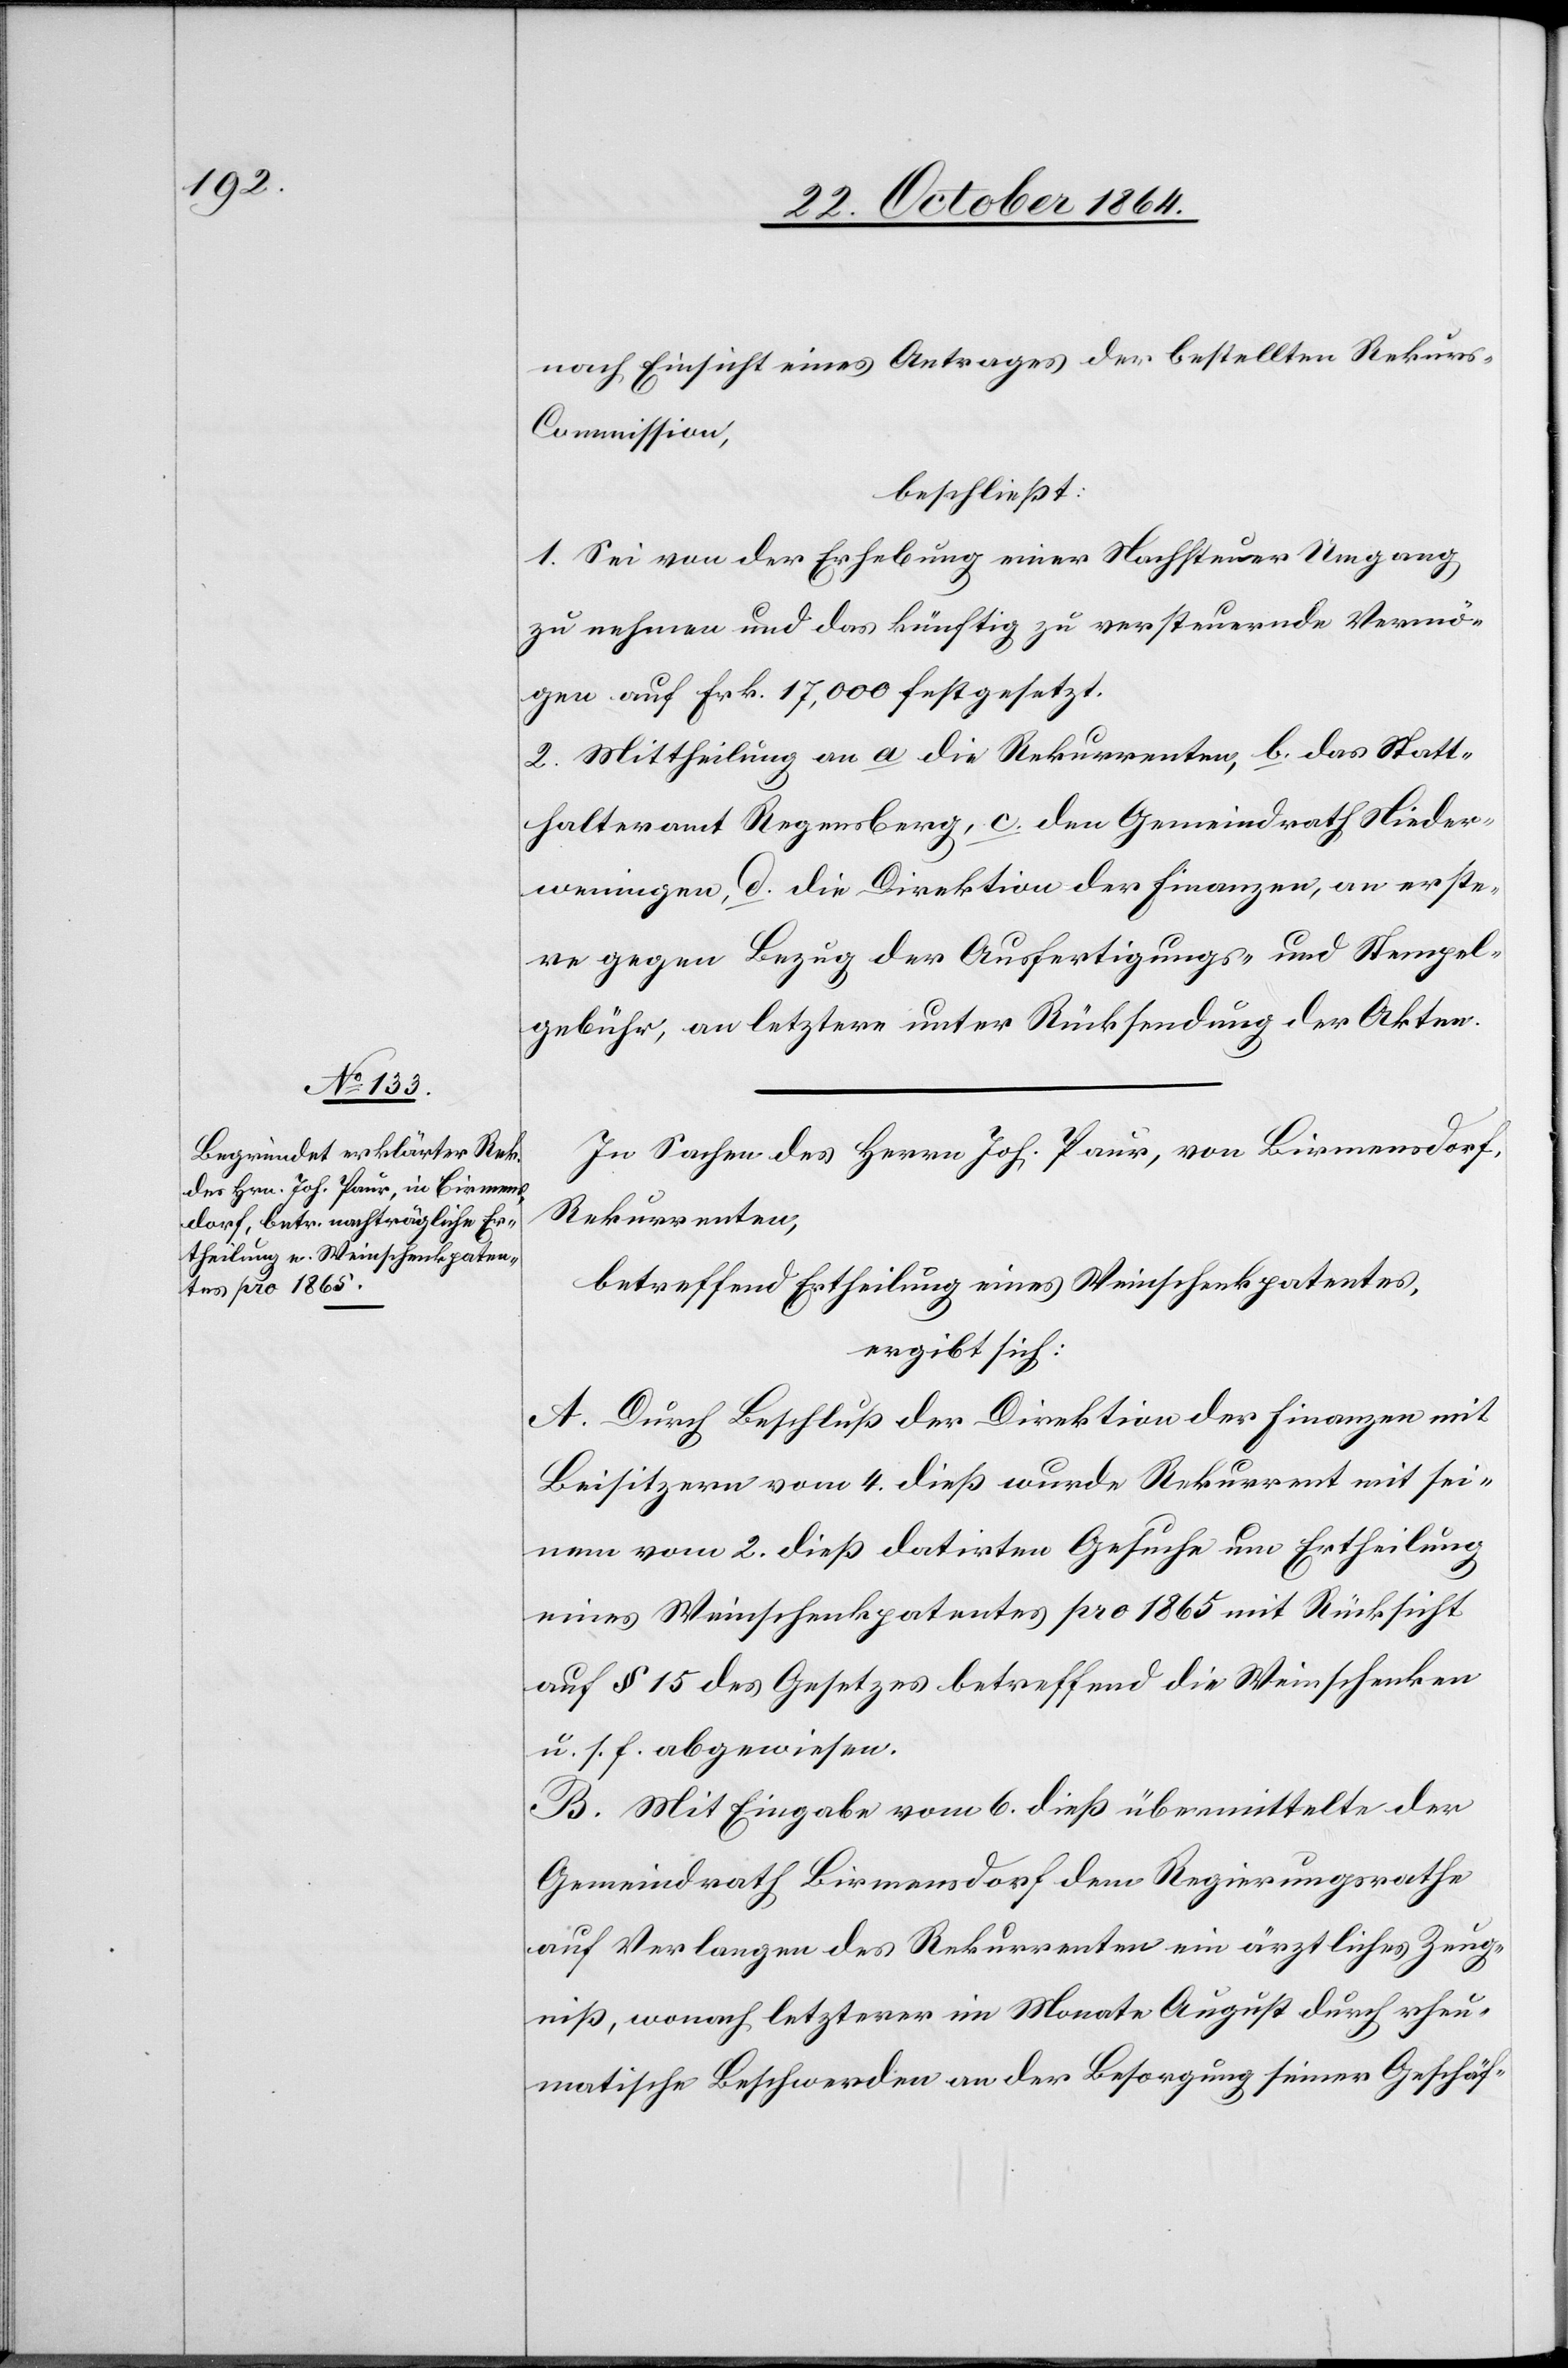
nach Einsicht eines Antrages der bestellten Rekur¬
s-Commission,
beschließt:
1. Sei von der Erhebung einer Nachsteuer Umgang
zu nehmen und das künftig zu versteuernde Vermö¬
gen auf Frk. 17,000 festgesetzt.
2. Mittheilung an a die Rekurrenten, b. das Statt¬
halteramt Regensberg, c. den Gemeindrath Nieder¬
weningen, d. die Direktion der Finanzen, an erste¬
re gegen Bezug der Ausfertigungs- & Stempel¬
gebühr, an letztere unter Rücksendung der Akten.
In Sachen des Herrn Joh. Paur, von Birmensdorf,
Rekurrenten,
betreffend Ertheilung eines Weinschenkpatentes,
ergibt sich:
A. Durch Beschluß der Direktion der Finanzen mit
Beisitzern vom 4. dieß wurde Rekurrent mit sei¬
nem vom 2. dieß datirten Gesuche um Ertheilung
eines Weinschenkpatentes pro 1865 mit Rücksicht
auf § 15 des Gesetzes betreffend die Weinschenken
u. s. f. abgewiesen.
B. Mit Eingabe vom 6. dieß übermittelte der
Gemeindrath Birmensdorf dem Regierungsrathe
auf Verlangen des Rekurrenten ein ärztliches Zeug¬
niß, wonach letzterer im Monate August durch rheu¬
matische Beschwerden an der Besorgung seiner Geschäf-